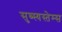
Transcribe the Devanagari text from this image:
सुब्स्यस्तेम्स